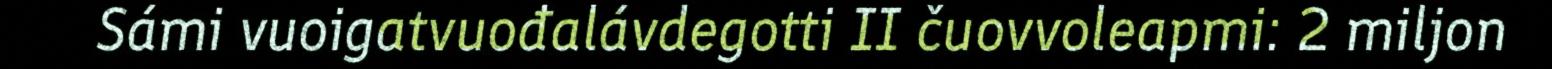
Sámi vuoigatvuođalávdegotti II čuovvoleapmi: 2 miljon